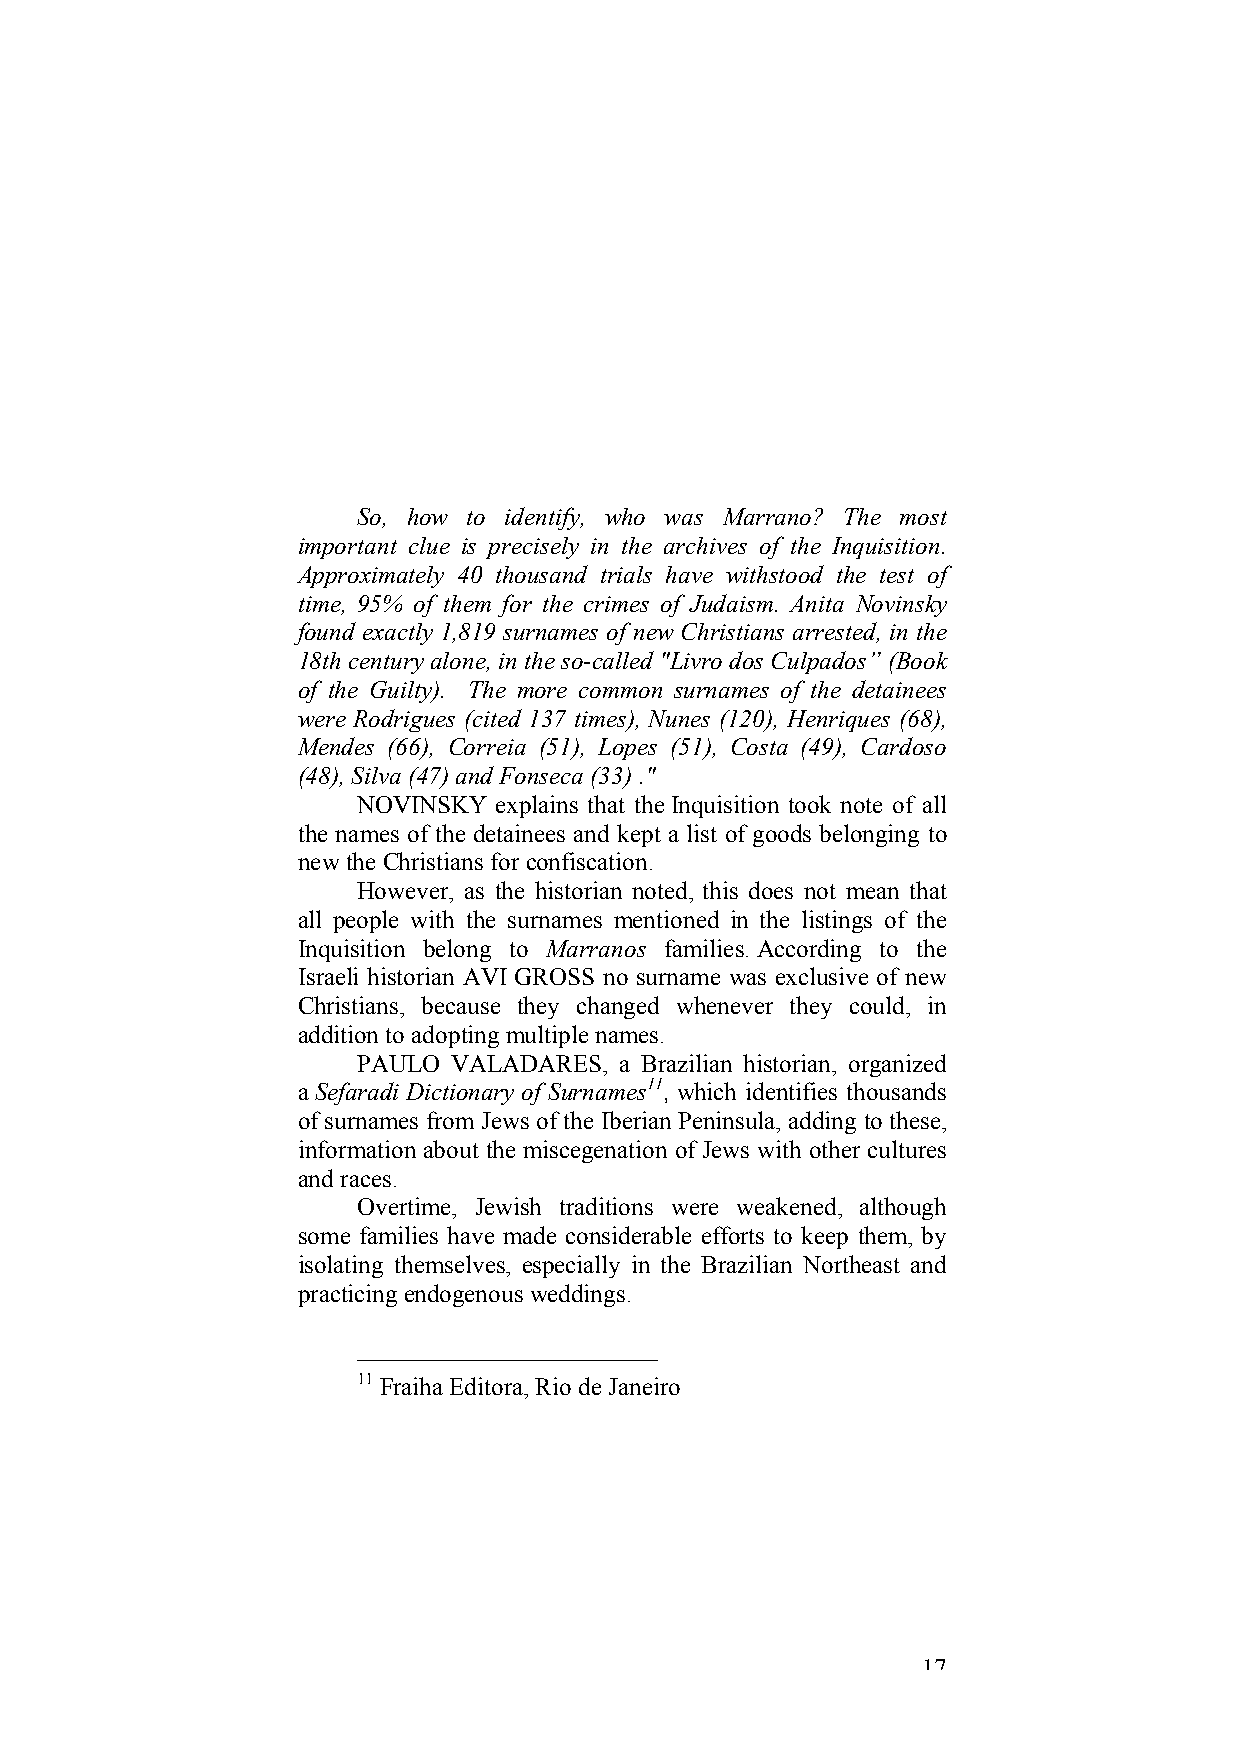
So, how to identify, who was Marrano? The most
 important clue is precisely in the archives of the Inquisition.
 Approximately 40 thousand trials have withstood the test of
 time, 95% of them for the crimes of Judaism. Anita Novinsky
 found exactly 1,819 surnames of new Christians arrested, in the
 18th century alone, in the so-called "Livro dos Culpados” (Book
 of the Guilty). The more common surnames of the detainees
 were Rodrigues (cited 137 times), Nunes (120), Henriques (68),
 Mendes (66), Correia (51), Lopes (51), Costa (49), Cardoso
 (48), Silva (47) and Fonseca (33) ."
 NOVINSKY explains that the Inquisition took note of all
 the names of the detainees and kept a list of goods belonging to
 new the Christians for confiscation.
 However, as the historian noted, this does not mean that
 all people with the surnames mentioned in the listings of the
 Inquisition belong to Marranos families. According to the
 Israeli historian AVI GROSS no surname was exclusive of new
 Christians, because they changed whenever they could, in
 addition to adopting multiple names.
 PAULO VALADARES, a Brazilian historian, organized
 a Sefaradi Dictionary of Surnames11, which identifies thousands
 of surnames from Jews of the Iberian Peninsula, adding to these,
 information about the miscegenation of Jews with other cultures
 and races.
 Overtime, Jewish traditions were weakened, although
 some families have made considerable efforts to keep them, by
 isolating themselves, especially in the Brazilian Northeast and
 practicing endogenous weddings.
 11 Fraiha Editora, Rio de Janeiro
 17